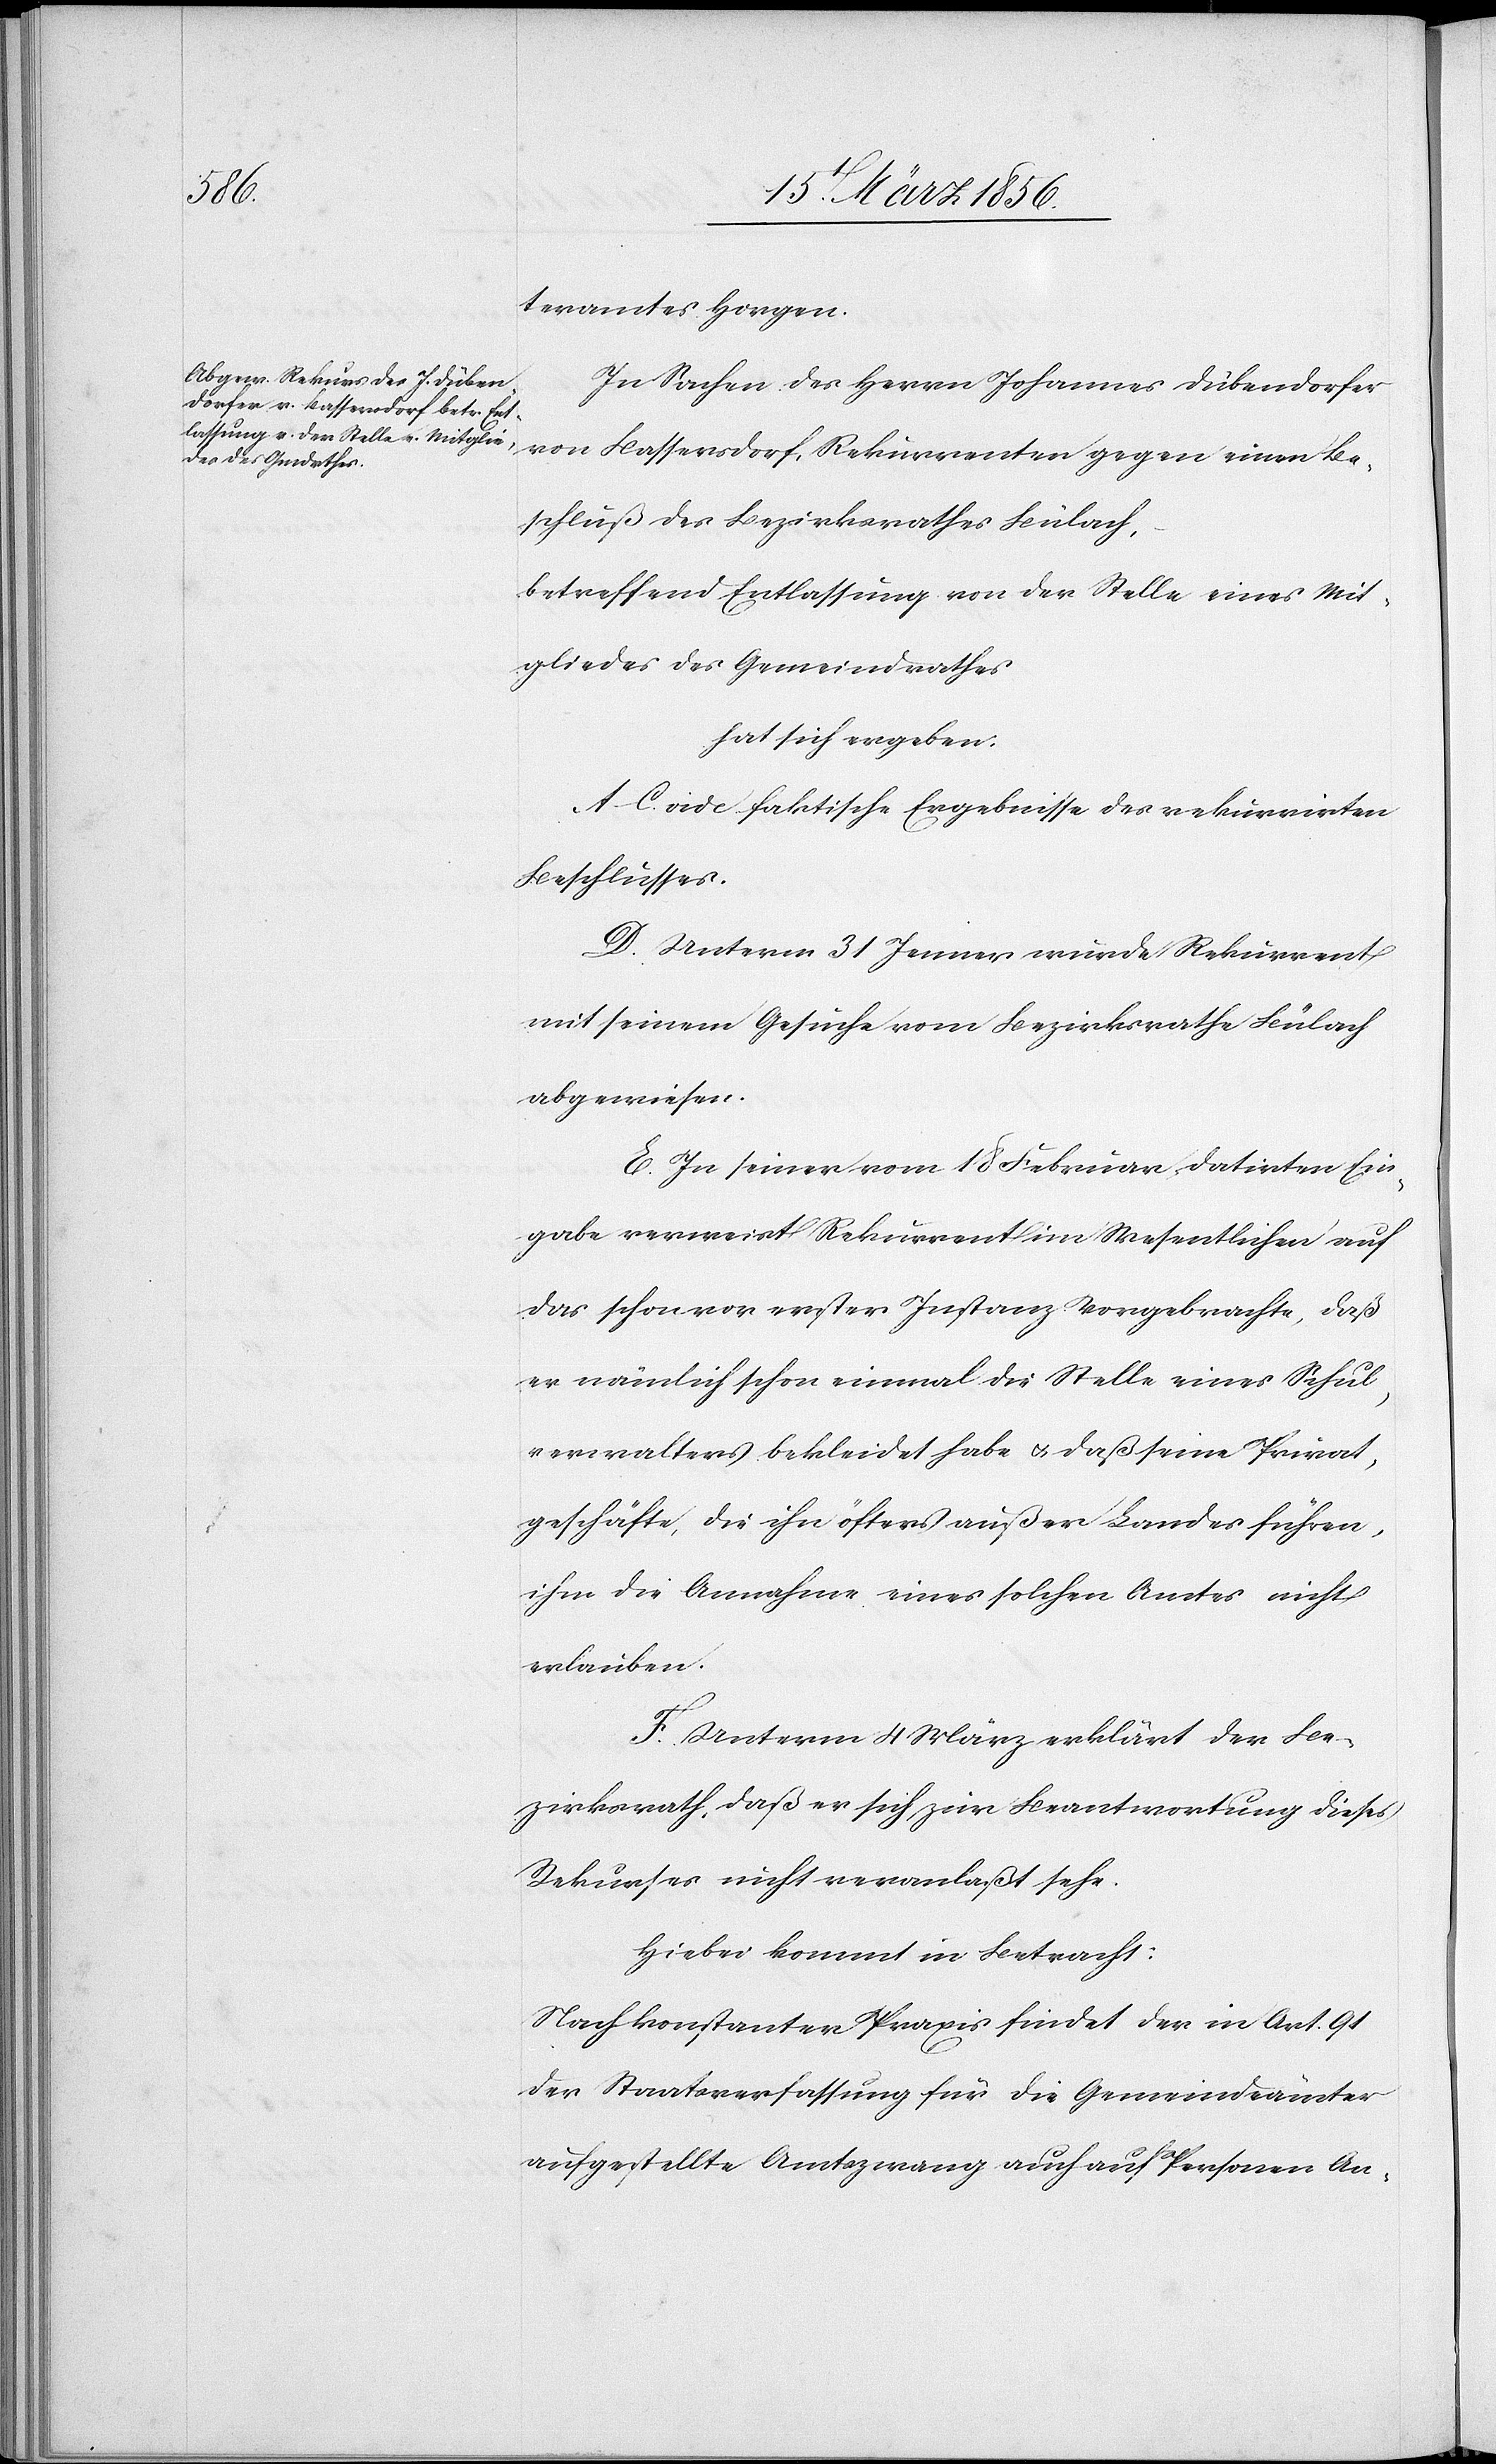
teramtes Horgen.
In Sachen des Herrn Johannes Dübendorfer
gegen einen Be¬
schluß des Bezirksrath Bülach,
betreffend Entlassung von der Stelle eines Mit¬
gliedes des Gemeindrathes
hat sich ergeben:
A–C. vide faktische Ergebnisse des rekurrirten
Beschlusses.
D. Unterm 31 Jenner wurde Rekurrent
mit seinem Gesuche vom Bezirksrathe Bülach
abgewiesen.
E. In seiner vom 18 Februar datirten Ein¬
gabe vermerkt Rekurrent im Wesentlichen auf
das schon vor erster Instanz vorgebrachte, daß
er nämlich schon einmal die Stelle eines Schul¬
verwalters bekleidet habe u. daß seine Privat¬
geschäfte, die ihn öfters außer Landes führen,
ihm die Annahme eines solchen Amtes nicht
erlauben.
F. Unterm 4 März erklärt der Be¬
zirksrath, daß er sich zur Beantwortung dieses
Rekurses nicht veranlaßt sehe.
Hiebei kommt in Betracht:
Nach konstanter Praxis findet der in Art. 91
der Staatsverfassung für die Gemeindeämter
aufgestellte Amtszwang auch auf Personen An-